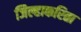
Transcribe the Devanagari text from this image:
जिल्हाकरिता